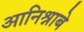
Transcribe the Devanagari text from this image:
आनिश्नाबे